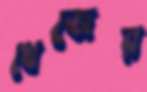
খেজের